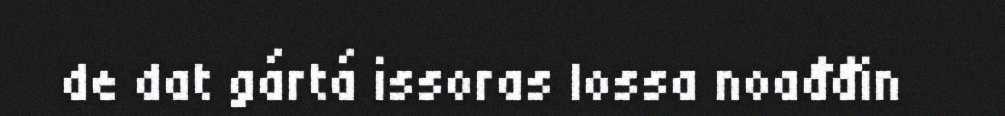
de dat gártá issoras lossa noađđin